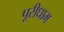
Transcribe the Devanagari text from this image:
पूरीधाम